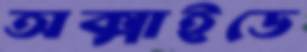
অক্সাইডে